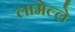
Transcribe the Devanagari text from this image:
लामेल्ले